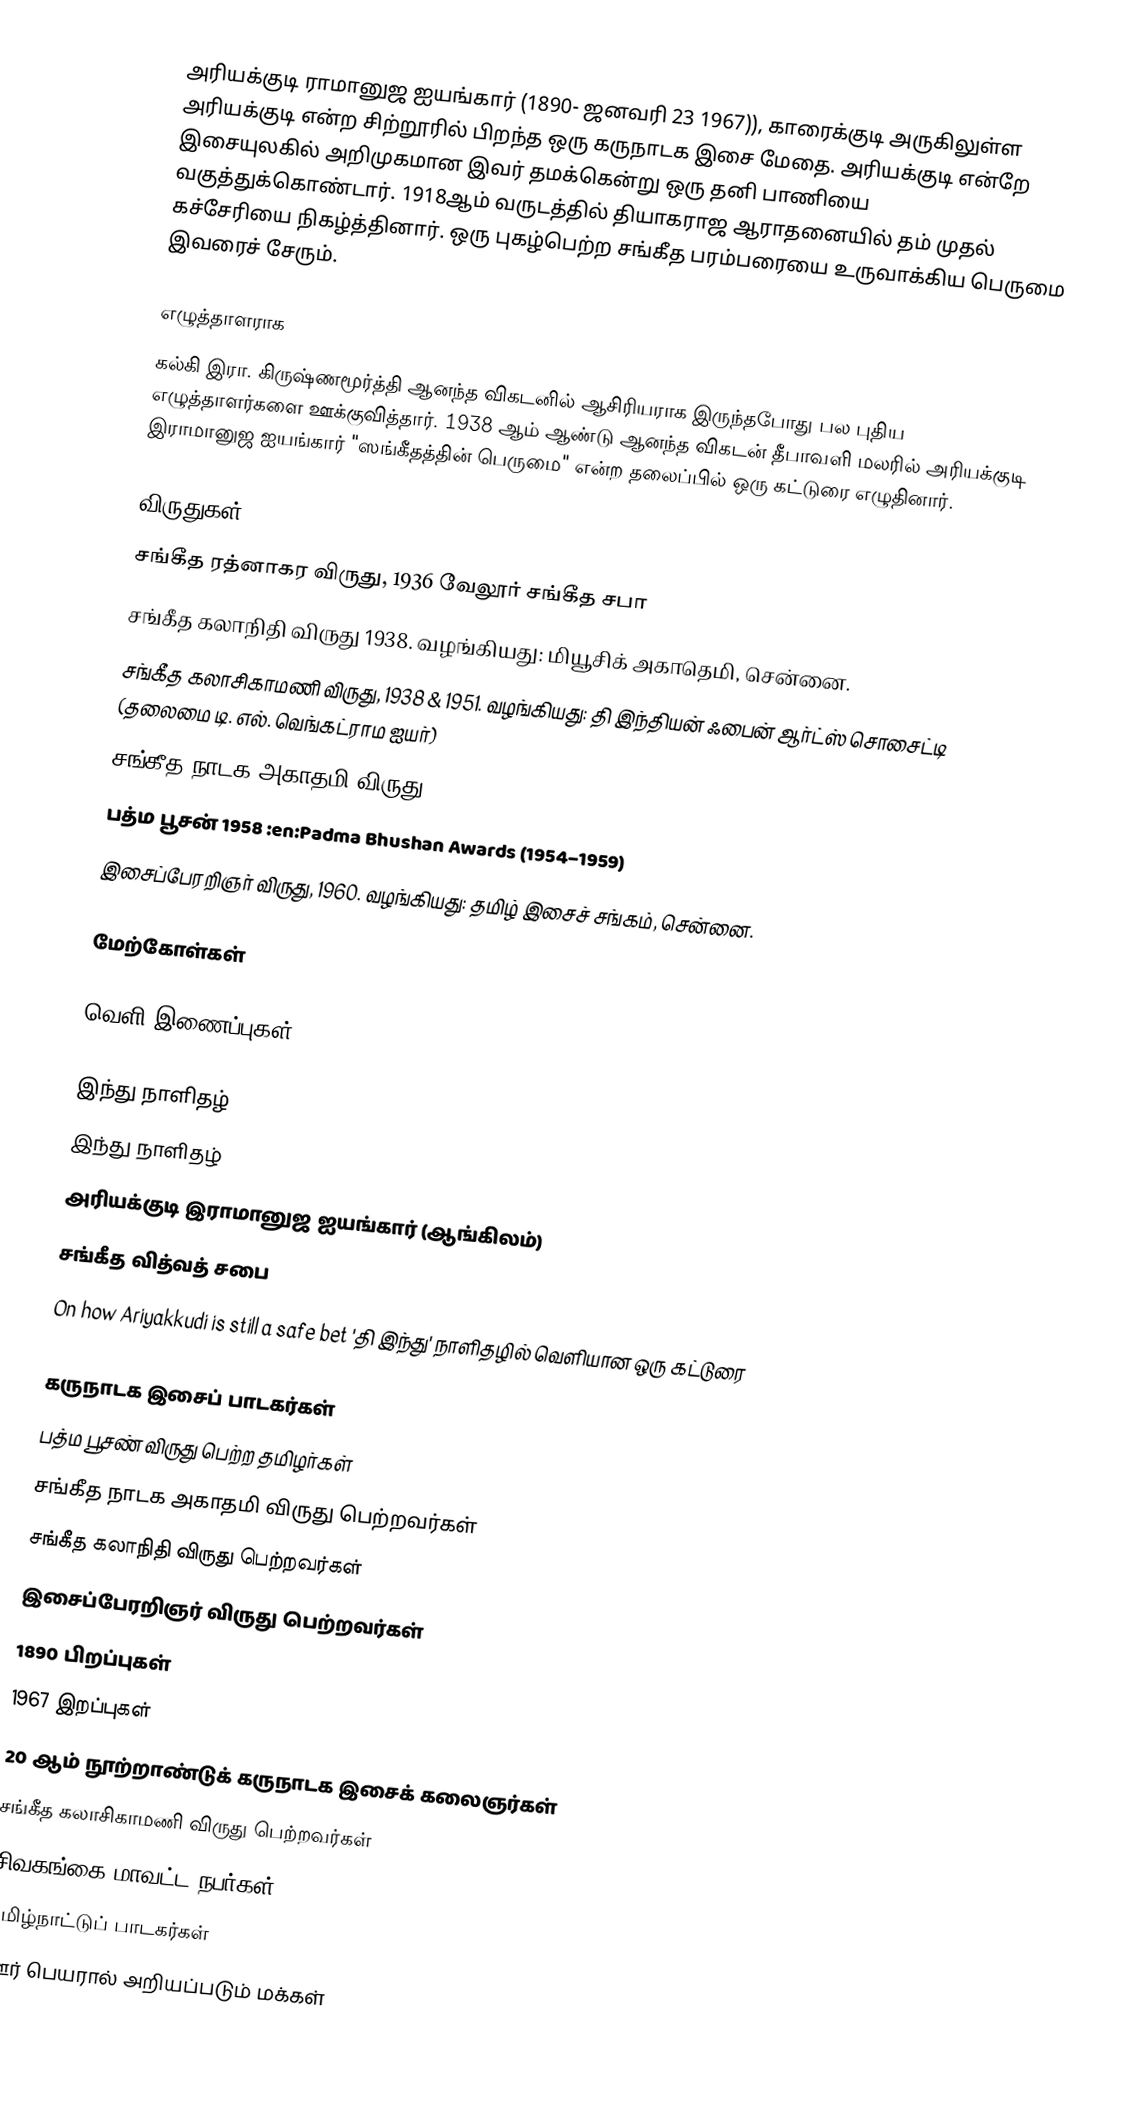
அரியக்குடி ராமானுஜ ஐயங்கார் (1890- ஜனவரி 23 1967)), காரைக்குடி அருகிலுள்ள அரியக்குடி என்ற சிற்றூரில் பிறந்த ஒரு கருநாடக இசை மேதை. அரியக்குடி என்றே இசையுலகில் அறிமுகமான இவர் தமக்கென்று ஒரு தனி பாணியை வகுத்துக்கொண்டார். 1918ஆம் வருடத்தில் தியாகராஜ ஆராதனையில் தம் முதல் கச்சேரியை நிகழ்த்தினார். ஒரு புகழ்பெற்ற சங்கீத பரம்பரையை உருவாக்கிய பெருமை இவரைச் சேரும்.

எழுத்தாளராக
கல்கி இரா. கிருஷ்ணமூர்த்தி ஆனந்த விகடனில் ஆசிரியராக இருந்தபோது பல புதிய எழுத்தாளர்களை ஊக்குவித்தார். 1938 ஆம் ஆண்டு ஆனந்த விகடன் தீபாவளி மலரில் அரியக்குடி இராமானுஜ ஐயங்கார் "ஸங்கீதத்தின் பெருமை" என்ற தலைப்பில் ஒரு கட்டுரை எழுதினார்.

விருதுகள்
 சங்கீத ரத்னாகர விருது, 1936 வேலூர் சங்கீத சபா
 சங்கீத கலாநிதி விருது 1938. வழங்கியது: மியூசிக் அகாதெமி, சென்னை.
 சங்கீத கலாசிகாமணி விருது, 1938 & 1951. வழங்கியது: தி இந்தியன் ஃபைன் ஆர்ட்ஸ் சொசைட்டி (தலைமை டி. எல். வெங்கட்ராம ஐயர்)
 சங்கீத நாடக அகாதமி விருது 1952
 பத்ம பூசன் 1958 :en:Padma Bhushan Awards (1954–1959)
 இசைப்பேரறிஞர் விருது, 1960. வழங்கியது: தமிழ் இசைச் சங்கம், சென்னை.

மேற்கோள்கள்

வெளி இணைப்புகள்

 இந்து நாளிதழ்
 இந்து நாளிதழ்
 அரியக்குடி இராமானுஜ ஐயங்கார் (ஆங்கிலம்)
 சங்கீத வித்வத் சபை
 On how Ariyakkudi is still a safe bet 'தி இந்து' நாளிதழில் வெளியான ஒரு கட்டுரை

கருநாடக இசைப் பாடகர்கள்
பத்ம பூசண் விருது பெற்ற தமிழர்கள்
சங்கீத நாடக அகாதமி விருது பெற்றவர்கள்
சங்கீத கலாநிதி விருது பெற்றவர்கள்
இசைப்பேரறிஞர் விருது பெற்றவர்கள்
1890 பிறப்புகள்
1967 இறப்புகள்
20 ஆம் நூற்றாண்டுக் கருநாடக இசைக் கலைஞர்கள்
சங்கீத கலாசிகாமணி விருது பெற்றவர்கள்
சிவகங்கை மாவட்ட நபர்கள்
தமிழ்நாட்டுப் பாடகர்கள்
ஊர் பெயரால் அறியப்படும் மக்கள்